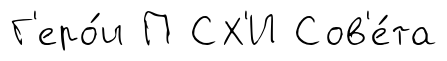
Г'еро́и П СХ'И Сов'е́та